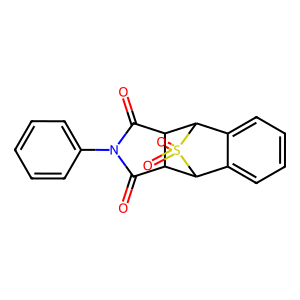
SMILES: O=C1C2C(C(=O)N1c1ccccc1)C1c3ccccc3C2S1(=O)=O
Inhibits HIV replication: No